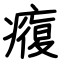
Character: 癁